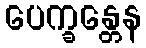
ပေက္ခန္တေန